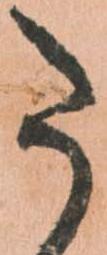
た